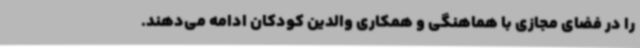
را در فضای مجازی با هماهنگی و همکاری والدین کودکان ادامه می‌دهند.